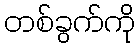
တစ်ခွက်ကို